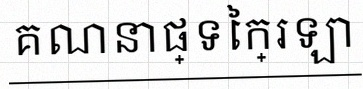
គណនាផ្ទៃក្រឡា